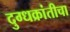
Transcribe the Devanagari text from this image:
दुग्धक्रांतीचा